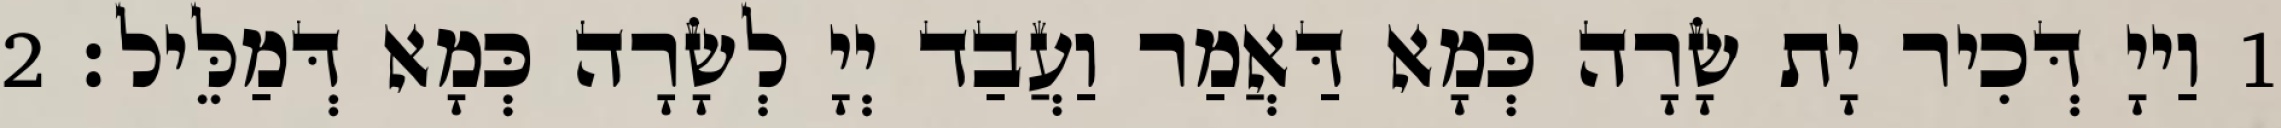
1 וַייָ דְּכִיר יָת שָׂרָה כְּמָא דַּאֲמַר וַעֲבַד יְיָ לְשָׂרָה כְּמָא דְּמַלֵּיל׃ 2